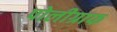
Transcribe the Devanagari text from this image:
पोलीग्राफ